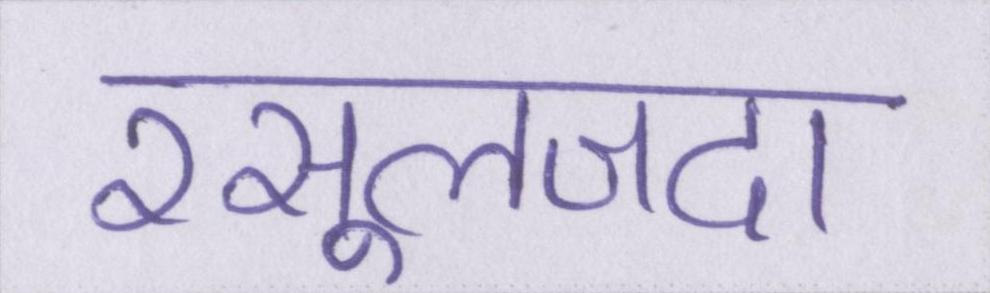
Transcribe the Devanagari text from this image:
रसूलजदा